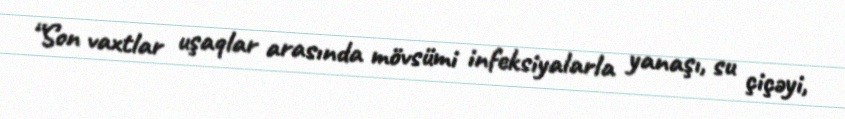
“Son vaxtlar uşaqlar arasında mövsümi infeksiyalarla yanaşı, su çiçəyi,